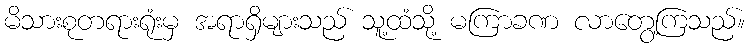
မိသားစုတရားရုံးမှ အရာရှိများသည် သူ့ထံသို့ မကြာခဏ လာတွေ့ကြသည်။